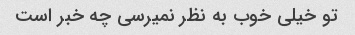
تو خیلی خوب به نظر نمیرسی چه خبر است